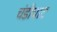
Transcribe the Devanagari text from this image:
चंडीघाट